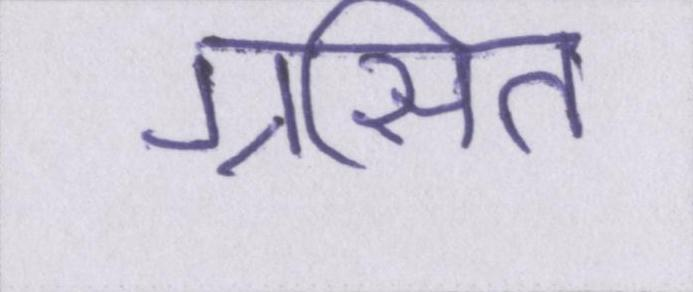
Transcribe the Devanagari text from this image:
ग्रसित